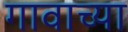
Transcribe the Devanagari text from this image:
गावाच्‍या